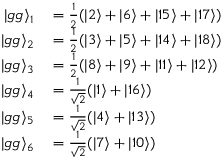
\begin{array} { r l } { \vert g g \rangle _ { 1 } } & { { } = \frac { 1 } { 2 } ( \vert 2 \rangle + \vert 6 \rangle + \vert 1 5 \rangle + \vert 1 7 \rangle ) } \\ { \vert g g \rangle _ { 2 } } & { { } = \frac { 1 } { 2 } ( \vert 3 \rangle + \vert 5 \rangle + \vert 1 4 \rangle + \vert 1 8 \rangle ) } \\ { \vert g g \rangle _ { 3 } } & { { } = \frac { 1 } { 2 } ( \vert 8 \rangle + \vert 9 \rangle + \vert 1 1 \rangle + \vert 1 2 \rangle ) } \\ { \vert g g \rangle _ { 4 } } & { { } = \frac { 1 } { \sqrt { 2 } } ( \vert 1 \rangle + \vert 1 6 \rangle ) } \\ { \vert g g \rangle _ { 5 } } & { { } = \frac { 1 } { \sqrt { 2 } } ( \vert 4 \rangle + \vert 1 3 \rangle ) } \\ { \vert g g \rangle _ { 6 } } & { { } = \frac { 1 } { \sqrt { 2 } } ( \vert 7 \rangle + \vert 1 0 \rangle ) } \end{array}